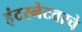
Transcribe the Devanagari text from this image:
इंटरनेटवरचे